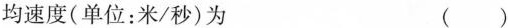
均速度(单位：米/秒)为 ()